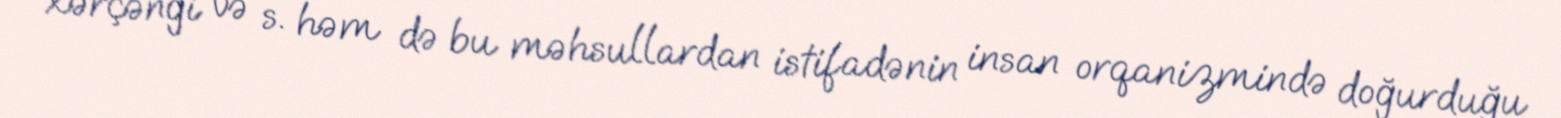
xərçəngi və s. həm də bu məhsullardan istifadənin insan orqanizmində doğurduğu